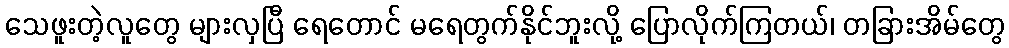
သေဖူးတဲ့လူတွေ များလှပြီ ရေတောင် မရေတွက်နိုင်ဘူးလို့ ပြောလိုက်ကြတယ်၊ တခြားအိမ်တွေ